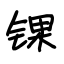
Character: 锞